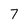
Character: 7